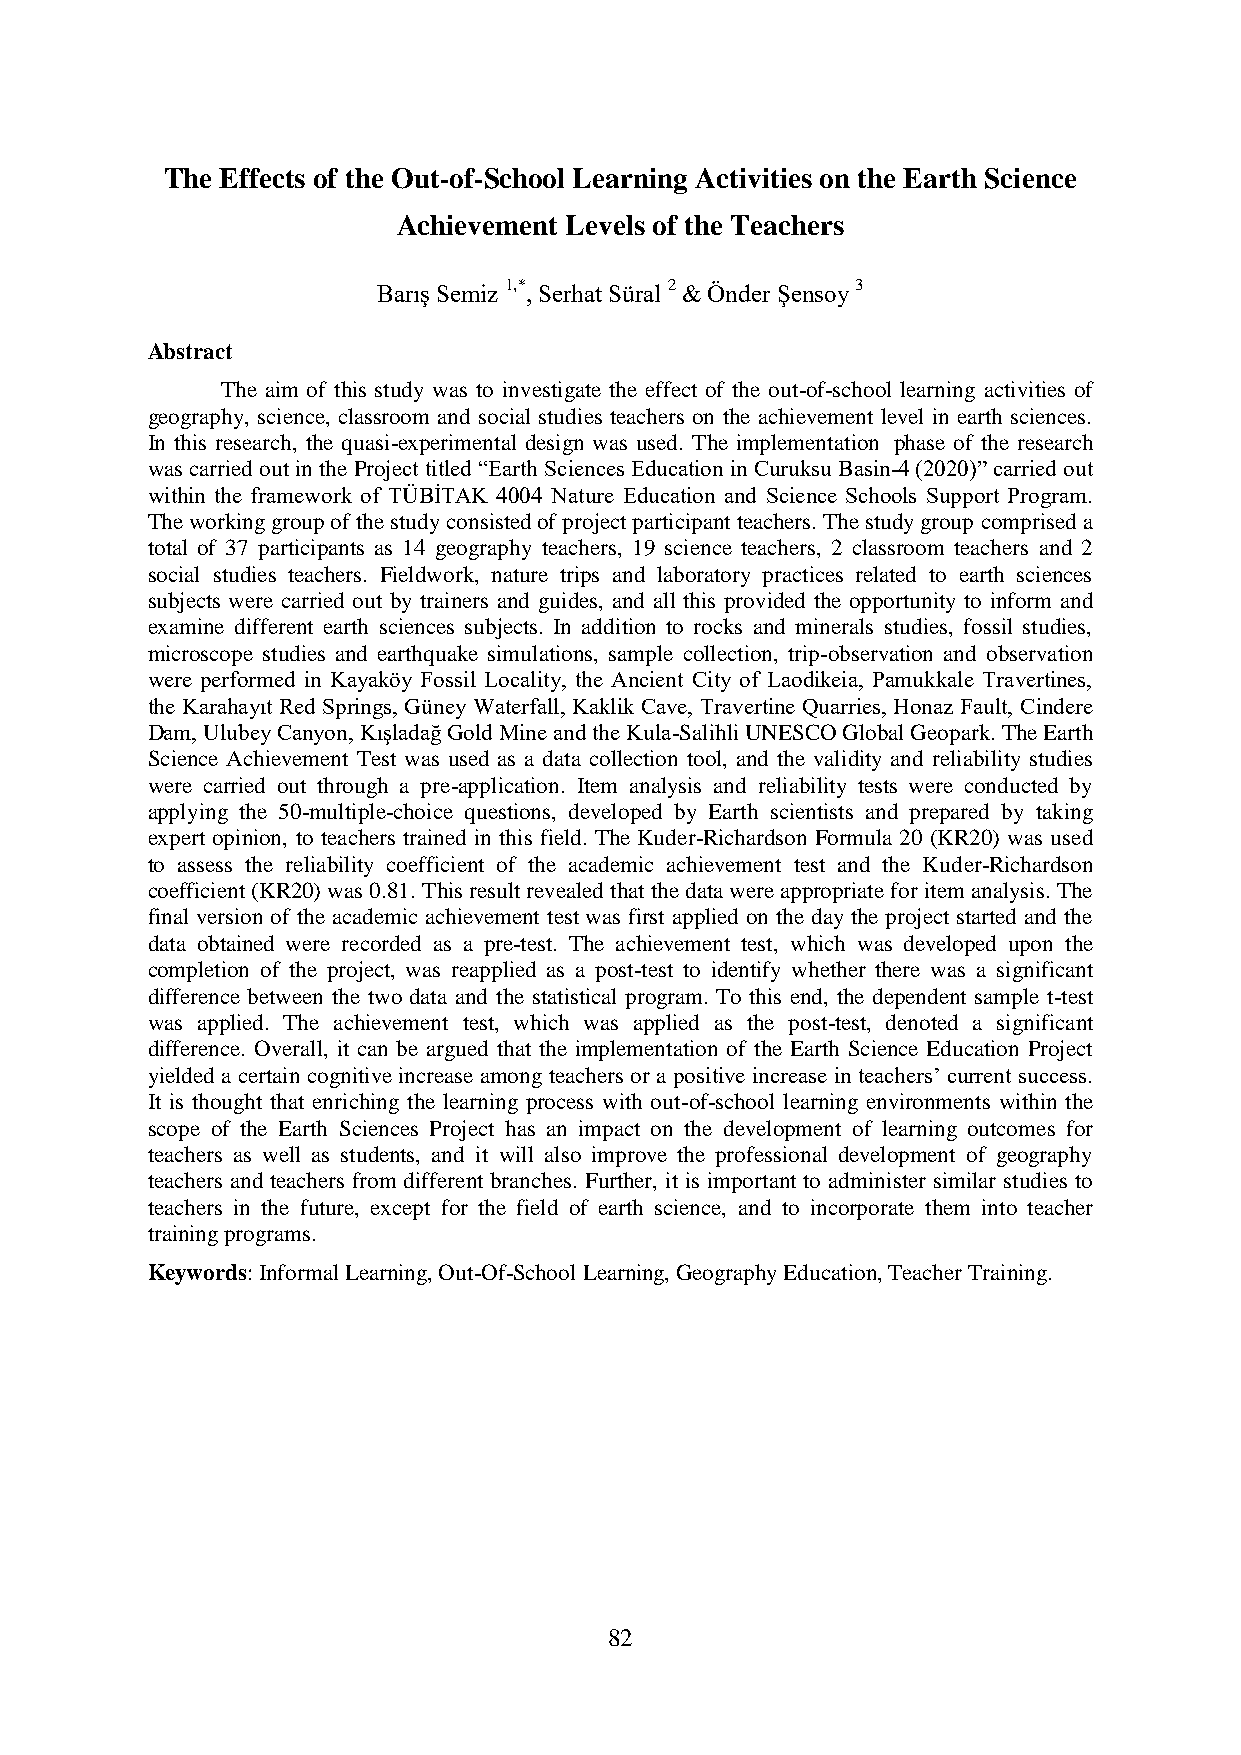
The Effects of the Out-of-School Learning Activities on the Earth Science
 Achievement Levels of the Teachers
 Barış Semiz 1,*, Serhat Süral 2 & Önder Şensoy 3
 Abstract
 The aim of this study was to investigate the effect of the out-of-school learning activities of
 geography, science, classroom and social studies teachers on the achievement level in earth sciences.
 In this research, the quasi-experimental design was used. The implementation phase of the research
 was carried out in the Project titled “Earth Sciences Education in Curuksu Basin-4 (2020)” carried out
 within the framework of TÜBİTAK 4004 Nature Education and Science Schools Support Program.
 The working group of the study consisted of project participant teachers. The study group comprised a
 total of 37 participants as 14 geography teachers, 19 science teachers, 2 classroom teachers and 2
 social studies teachers. Fieldwork, nature trips and laboratory practices related to earth sciences
 subjects were carried out by trainers and guides, and all this provided the opportunity to inform and
 examine different earth sciences subjects. In addition to rocks and minerals studies, fossil studies,
 microscope studies and earthquake simulations, sample collection, trip-observation and observation
 were performed in Kayaköy Fossil Locality, the Ancient City of Laodikeia, Pamukkale Travertines,
 the Karahayıt Red Springs, Güney Waterfall, Kaklik Cave, Travertine Quarries, Honaz Fault, Cindere
 Dam, Ulubey Canyon, Kışladağ Gold Mine and the Kula-Salihli UNESCO Global Geopark. The Earth
 Science Achievement Test was used as a data collection tool, and the validity and reliability studies
 were carried out through a pre-application. Item analysis and reliability tests were conducted by
 applying the 50-multiple-choice questions, developed by Earth scientists and prepared by taking
 expert opinion, to teachers trained in this field. The Kuder-Richardson Formula 20 (KR20) was used
 to assess the reliability coefficient of the academic achievement test and the Kuder-Richardson
 coefficient (KR20) was 0.81. This result revealed that the data were appropriate for item analysis. The
 final version of the academic achievement test was first applied on the day the project started and the
 data obtained were recorded as a pre-test. The achievement test, which was developed upon the
 completion of the project, was reapplied as a post-test to identify whether there was a significant
 difference between the two data and the statistical program. To this end, the dependent sample t-test
 was applied. The achievement test, which was applied as the post-test, denoted a significant
 difference. Overall, it can be argued that the implementation of the Earth Science Education Project
 yielded a certain cognitive increase among teachers or a positive increase in teachers’ current success.
 It is thought that enriching the learning process with out-of-school learning environments within the
 scope of the Earth Sciences Project has an impact on the development of learning outcomes for
 teachers as well as students, and it will also improve the professional development of geography
 teachers and teachers from different branches. Further, it is important to administer similar studies to
 teachers in the future, except for the field of earth science, and to incorporate them into teacher
 training programs.
 Keywords: Informal Learning, Out-Of-School Learning, Geography Education, Teacher Training.
 82